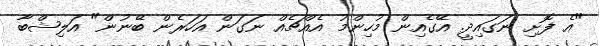
"އެ ފޮށި ނަގައިދީ. އޭގެއިން މުހިންމު އެއްޗެއް ނަގަން އަހަރެން ބޭނުން" އަލިޝްބާ